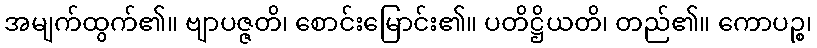
အမျက်ထွက်၏။ ဗျာပဇ္ဇတိ၊ စောင်းမြောင်း၏။ ပတိဋ္ဌိယတိ၊ တည်၏။ ကောပဉ္စ၊